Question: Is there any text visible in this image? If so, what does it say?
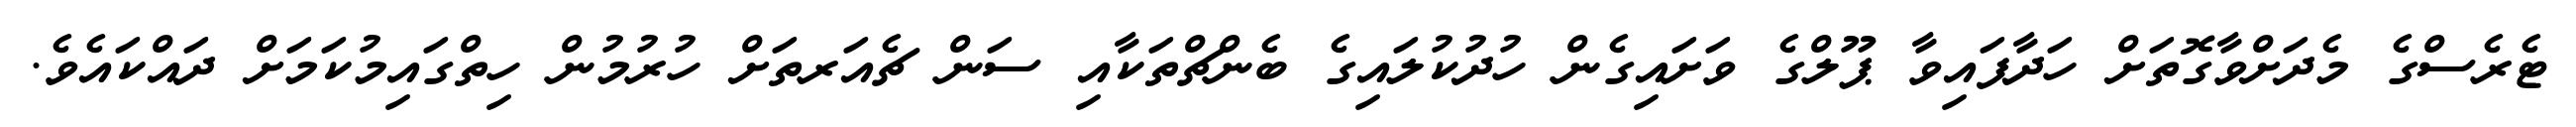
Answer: ޓެރެސްގެ މެދަށްވާގޮތަށް ހަދާފައިވާ ޕޫލްގެ ވަށައިގެން ހުދުކުލައިގެ ބެންޗްތަކާއި ސަން ޗެއަރތަށް ހުރުމުން ހިތްގައިމުކަމަށް ދައްކައެވެ.